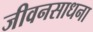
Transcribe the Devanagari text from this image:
जीवनसाधना